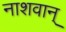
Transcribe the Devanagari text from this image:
नाशवान्‌